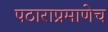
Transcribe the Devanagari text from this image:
पठाराप्रमाणेच